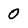
Character: 0